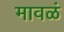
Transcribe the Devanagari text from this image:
मावळं